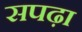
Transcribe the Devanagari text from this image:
सपढ़ा